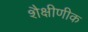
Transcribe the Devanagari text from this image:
शैक्षीणीक